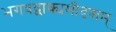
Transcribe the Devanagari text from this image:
भगवद्वाक्यमीदृशम्